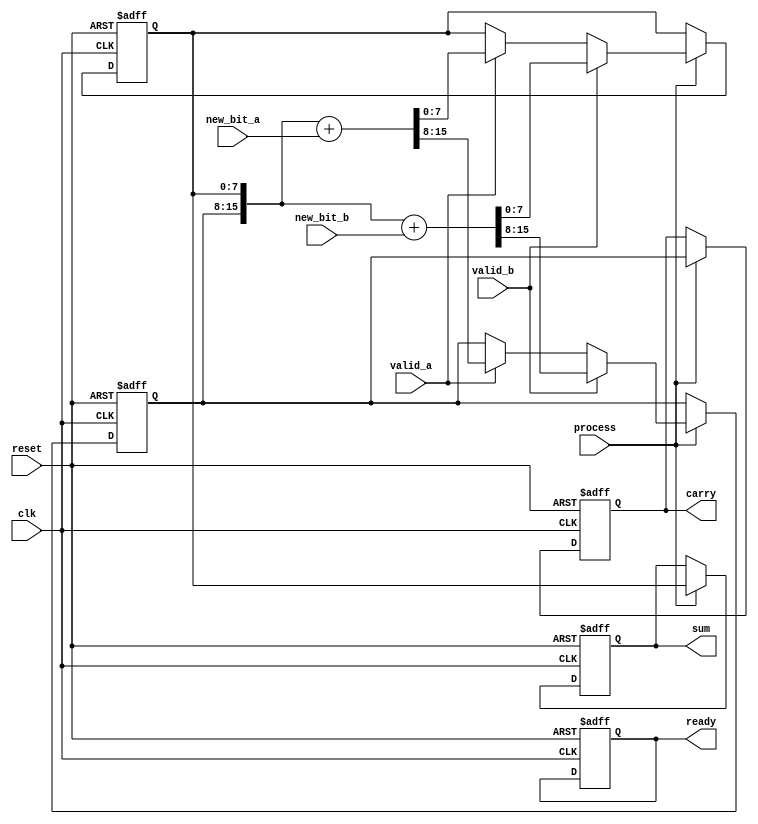
module carry_save_adder (
    input wire clk,                // Clock signal
    input wire reset,              // Reset signal
    input wire new_bit_a,          // New bit for operand A
    input wire new_bit_b,          // New bit for operand B
    input wire valid_a,            // Valid signal for operand A
    input wire valid_b,            // Valid signal for operand B
    input wire process,            // Control signal to process current bits
    output reg [N-1:0] sum,        // Accumulated sum output
    output reg [N-1:0] carry,      // Accumulated carry output
    output reg ready               // Output ready signal
);
    parameter N = 8;               // Number of bits in the operands

    reg [N-1:0] sum_reg;           // Register to hold sum
    reg [N-1:0] carry_reg;         // Register to hold carry

    // Initialize registers
    always @(posedge clk or posedge reset) begin
        if (reset) begin
            sum_reg <= 0;
            carry_reg <= 0;
            sum <= 0;
            carry <= 0;
            ready <= 0;
        end else if (process) begin
            // Update sum and carry based on the new bits received
            if (valid_a) begin
                // Process new bit for operand A
                {carry_reg, sum_reg} <= {carry_reg, sum_reg} + {1'b0, new_bit_a}; // Adding new_bit_a
            end
            if (valid_b) begin
                // Process new bit for operand B
                {carry_reg, sum_reg} <= {carry_reg, sum_reg} + {1'b0, new_bit_b}; // Adding new_bit_b
            end
            
            // Update outputs
            sum <= sum_reg;
            carry <= carry_reg;
            // You can set `ready` signal based on your application logic
        end
    end

    // Finalization: Combine sum and carry when all bits are processed
    always @(posedge clk) begin
        if (ready) begin
            // Finalize output if necessary
            // For example, you can use a ripple carry adder here
            // For simplicity, we assume sum and carry are already finalized
        end
    end
endmodule